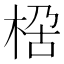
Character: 𭪏